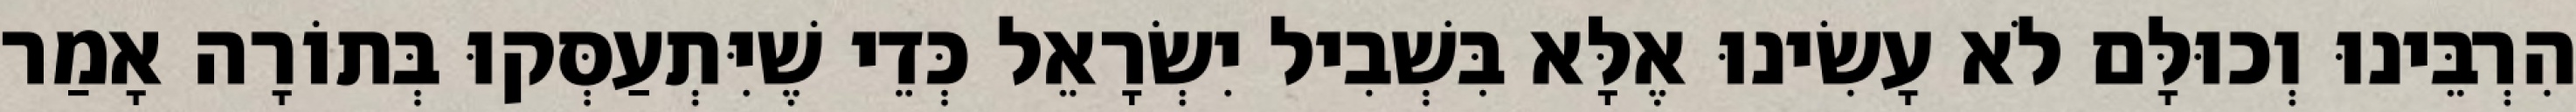
הִרְבֵּינוּ וְכוּלָּם לֹא עָשִׂינוּ אֶלָּא בִּשְׁבִיל יִשְׂרָאֵל כְּדֵי שֶׁיִּתְעַסְּקוּ בְּתוֹרָה אָמַר